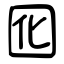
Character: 囮